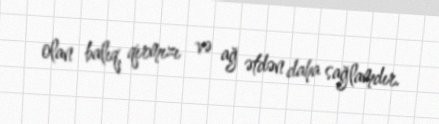
olan balıq, qırmızı və ağ ətdən daha sağlamdır.